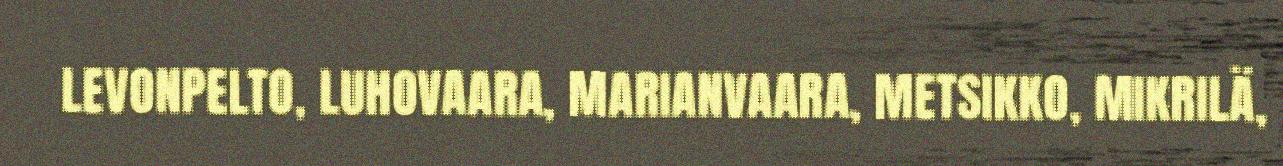
LEVONPELTO, LUHOVAARA, MARIANVAARA, METSIKKO, MIKRILÄ,